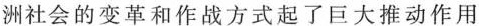
洲社会的变革和作战方式起了巨大推动作用